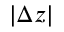
| \Delta z |